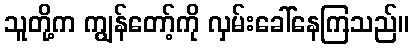
သူတို့က ကျွန်တော့်ကို လှမ်းခေါ်နေကြသည်။